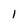
Character: l